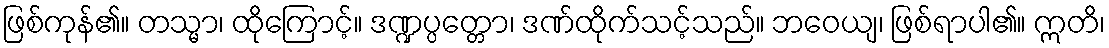
ဖြစ်ကုန်၏။ တသ္မာ၊ ထိုကြောင့်။ ဒဏ္ဍပ္ပတ္တော၊ ဒဏ်ထိုက်သင့်သည်။ ဘဝေယျ၊ ဖြစ်ရာပါ၏။ ဣတိ၊